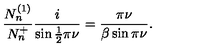
\frac { N _ { n } ^ { ( 1 ) } } { N _ { n } ^ { + } } \frac { i } { \sin \frac { 1 } { 2 } \pi \nu } = \frac { \pi \nu } { \beta \sin \pi \nu } .